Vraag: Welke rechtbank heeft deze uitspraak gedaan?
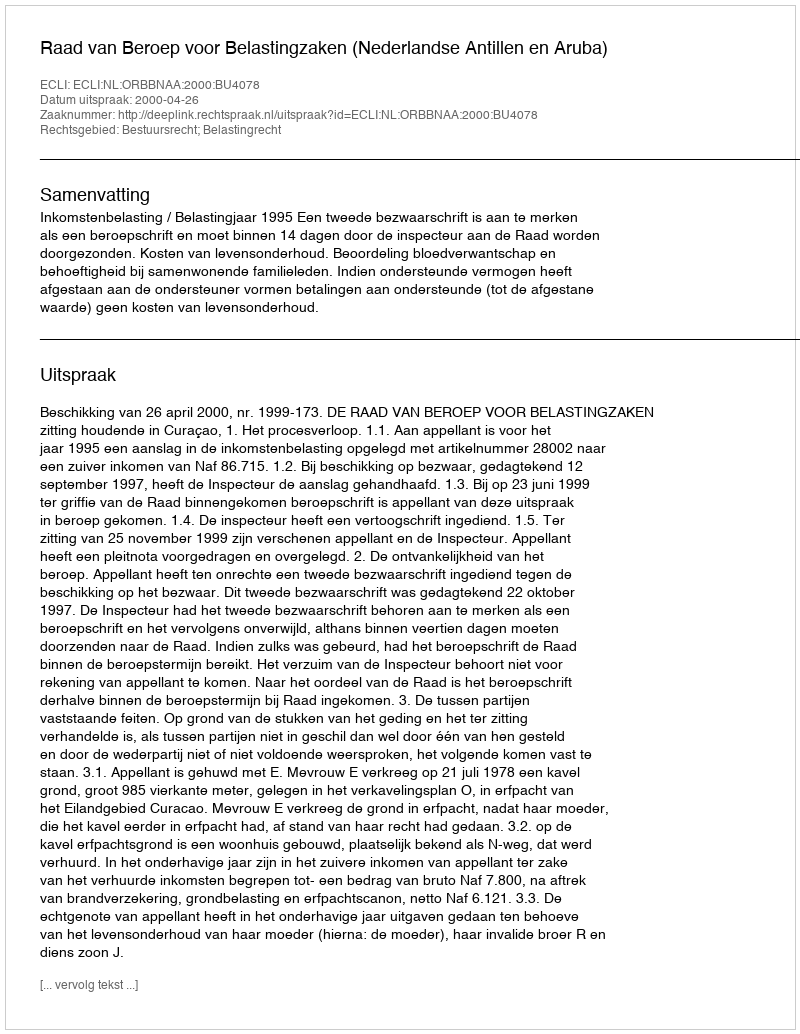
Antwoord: Raad van Beroep voor Belastingzaken (Nederlandse Antillen en Aruba)